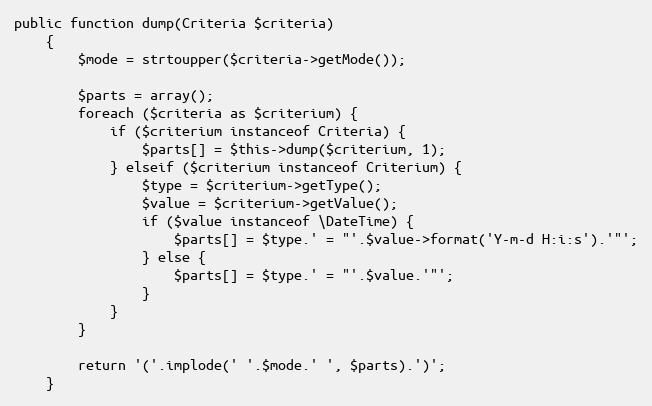
Language: PHP
public function dump(Criteria $criteria)
    {
        $mode = strtoupper($criteria->getMode());

        $parts = array();
        foreach ($criteria as $criterium) {
            if ($criterium instanceof Criteria) {
                $parts[] = $this->dump($criterium, 1);
            } elseif ($criterium instanceof Criterium) {
                $type = $criterium->getType();
                $value = $criterium->getValue();
                if ($value instanceof \DateTime) {
                    $parts[] = $type.' = "'.$value->format('Y-m-d H:i:s').'"';
                } else {
                    $parts[] = $type.' = "'.$value.'"';
                }
            }
        }

        return '('.implode(' '.$mode.' ', $parts).')';
    }